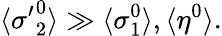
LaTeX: \langle{\sigma^{\prime}}_{2}^{0}\rangle\gg\langle\sigma_{1}^{0}\rangle,\langle\eta^{0}\rangle.